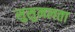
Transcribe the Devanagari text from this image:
सुसुमलता